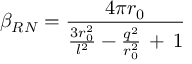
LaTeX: \beta _ { R N } = \frac { 4 \pi r _ { 0 } } { \frac { 3 r _ { 0 } ^ { 2 } } { l ^ { 2 } } - \frac { q ^ { 2 } } { r _ { 0 } ^ { 2 } } \, + \, 1 }